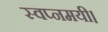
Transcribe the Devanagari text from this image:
स्वप्नमयी।